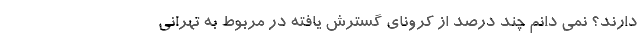
دارند؟ نمی دانم چند درصد از کرونای گسترش یافته در مربوط به تهرانی